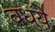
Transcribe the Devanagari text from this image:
वधुये